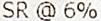
SR @ 6%